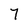
Character: 7